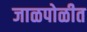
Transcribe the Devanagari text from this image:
जाळपोळीत